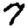
Digit: 7